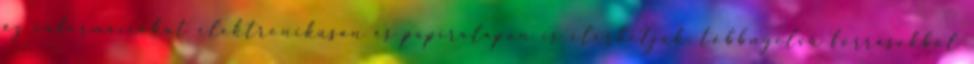
az információkat elektronikusan és papíralapon is elérhetjük, többnyelvű forrásokból